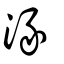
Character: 湪